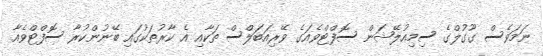
ނަމަވެސް ގޫގުލްގެ ސިމިއުލޭޝަން ސޮފްޓްވެއަގެ ވޭރިއަބަލްސް ތަކާއި އެ ކާރުތަކުގައި ބޭނުންކުރާ ސޮފްޓްވެއާ